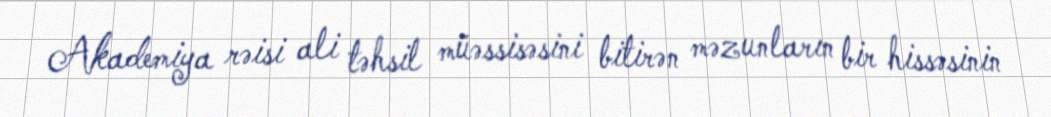
Akademiya rəisi ali təhsil müəssisəsini bitirən məzunların bir hissəsinin